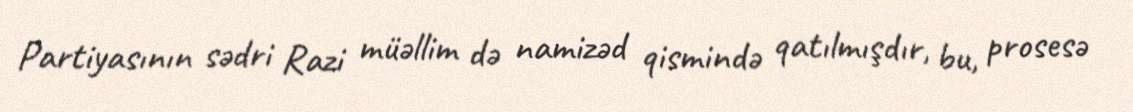
Partiyasının sədri Razi müəllim də namizəd qismində qatılmışdır, bu, prosesə